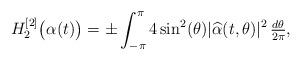
LaTeX: \begin{align*}H_2^{[2]}\bigl(\alpha(t)\bigr) = \pm\int_{-\pi}^\pi 4\sin^2(\theta) |\widehat{\alpha}(t,\theta)|^2\,\tfrac{d\theta}{2\pi},\end{align*}